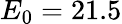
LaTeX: E_{0}=21.5